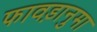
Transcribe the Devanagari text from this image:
फावड़ानुमा